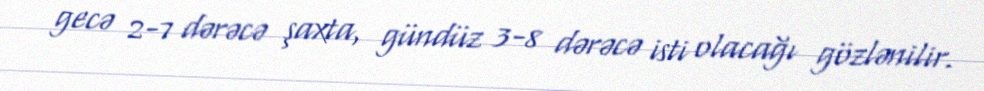
gecə 2-7 dərəcə şaxta, gündüz 3-8 dərəcə isti olacağı gözlənilir.